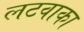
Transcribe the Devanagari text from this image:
लटवाका